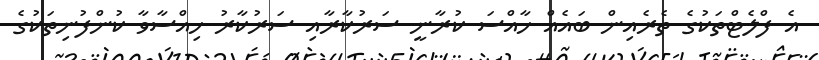
އެ ފްލެޓްތަކުގެ ތެރެއިން ބައެއް ހާއްސަ ކުރާނީ ސަރުކާރާއި ސަރުކާރު ހިއްސާވާ ކުންފުނިތަކުގެ